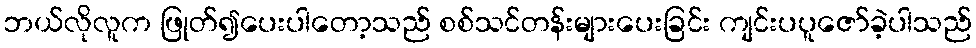
ဘယ်လိုလူက ဖြုတ်၍ပေးပါတော့သည် စစ်သင်တန်းများပေးခြင်း ကျင်းပပူဇော်ခဲ့ပါသည်